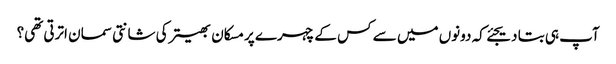
آپ ہی بتا دیجئے کہ دونوں میں سے کس کے چہرے پر مسکان بھیتر کی شانتی سمان اترتی تھی؟